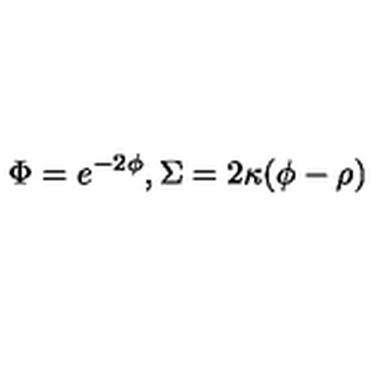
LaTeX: \Phi = e ^ { - 2 \phi } , \Sigma = 2 \kappa ( \phi - \rho )